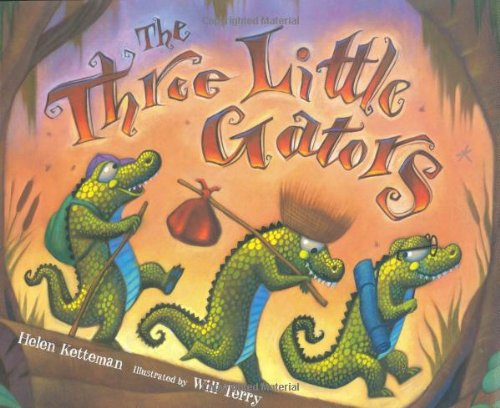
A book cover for The Three Little Gators; Helen Ketteman; Children's Books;